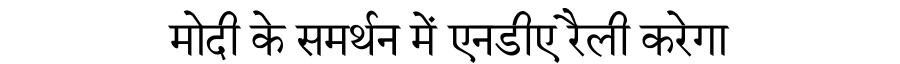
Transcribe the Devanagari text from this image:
मोदी के समर्थन में एनडीए रैली करेगा